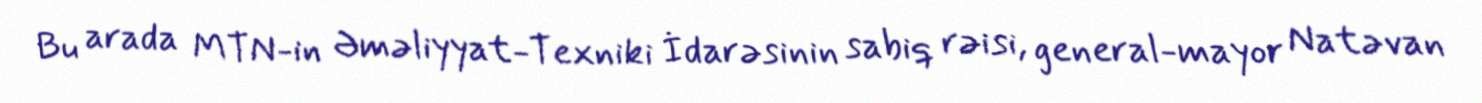
Bu arada MTN-in Əməliyyat-Texniki İdarəsinin sabiq rəisi, general-mayor Natəvan